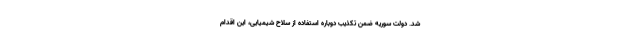
شد. دولت سوریه ضمن تکذیب دوباره استفاده از سلاح شیمیایی، این اقدام